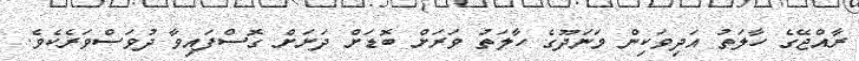
ރާއްޖޭގެ ހާލަތު އަދިވަކިން މަނަދޫގެ ހާލަތު ވަރަށް ބޮޑަށް ދަށަށް ގޮސްފައިވާ ދުވަސްވަރެކެވެ.